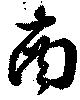
南